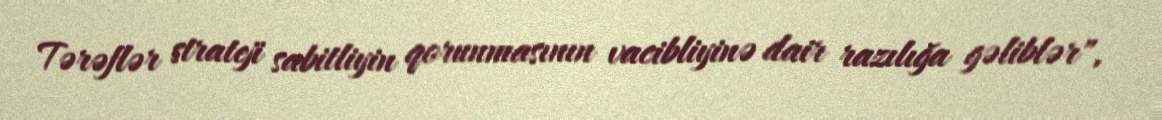
Tərəflər strateji sabitliyin qorunmasının vacibliyinə dair razılığa gəliblər",